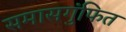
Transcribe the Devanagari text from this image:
समासगुंफित